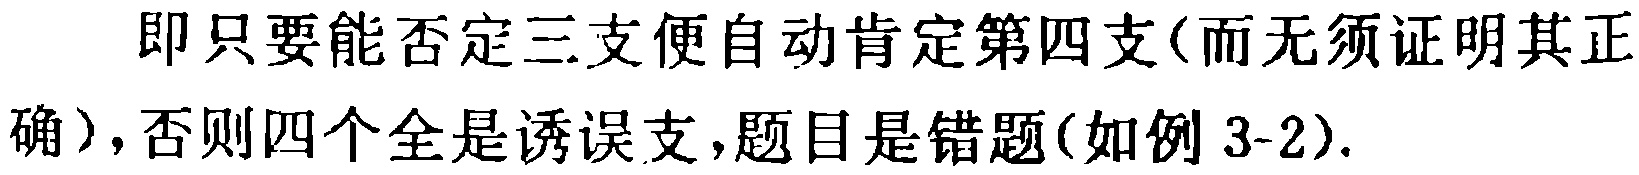
即只要能否定三支便自动肯定第四支(而无须证明其正确)，否则四个全是诱误支，题目是错题(如例 3-2).